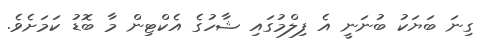
ގިނަ ބަޔަކު ބުނަނީ އެ ފިލްމުގައި ޝާހުގެ އެކްޓިން މާ ބޮޑު ކަމަށެވެ.